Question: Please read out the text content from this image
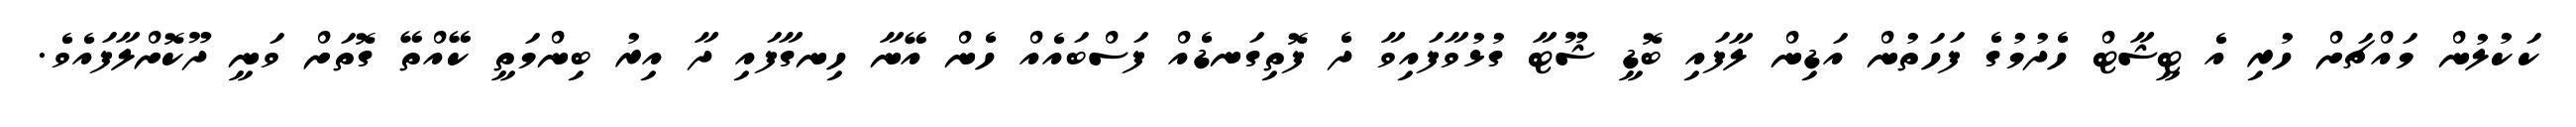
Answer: ކަކުލުން މައްޗަށް ހުރި އެ ޓީޝާޓް ހެދުމުގެ ފަހަތުން އަޑިން ލާފައި ބޮޑީ ޝޫޓާ ގުޅުވާފައިވާ ދެ ފޮތިގަނޑެއް ފަސްބައެއް ހެން އޭނާ ހިނގާފައި ދާ އިރު ބިންމަތީ ކޭއްތޭ ގޮތަށް ވަނީ ދޫކޮށްލާފައެވެ.